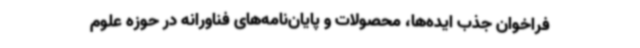
فراخوان جذب ایده‌ها، محصولات و پایان‌نامه‌های فناورانه در حوزه علوم